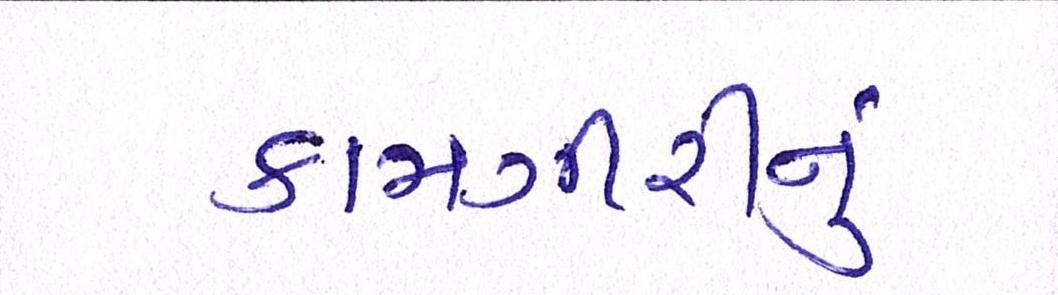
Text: કામગીરીનું